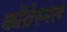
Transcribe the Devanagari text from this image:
कोंग्रेस्नल